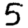
Digit: 5